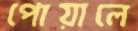
পোয়ালে